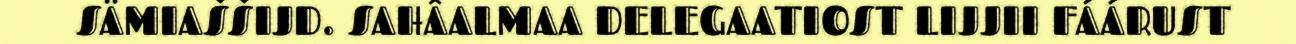
SÄMIAŠŠIJD. SAHÂALMAA DELEGAATIOST LIJJII FÁÁRUST